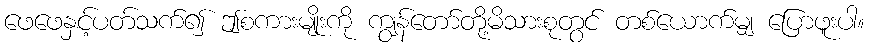
ဖေဖေနှင့်ပတ်သက်၍ ဤစကားမျိုးကို ကျွန်တော်တို့မိသားစုတွင် တစ်ယောက်မျှ ပြောဖူးပါ။